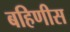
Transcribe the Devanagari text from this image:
बहिणीस